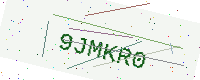
Text: 9JMKR0